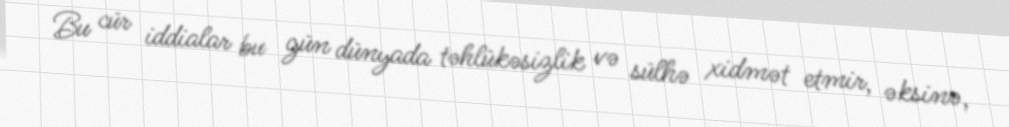
Bu cür iddialar bu gün dünyada təhlükəsizlik və sülhə xidmət etmir, əksinə,